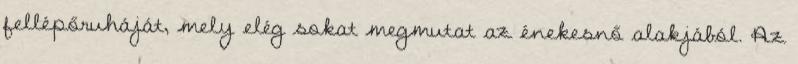
fellépőruháját, mely elég sokat megmutat az énekesnő alakjából. Az